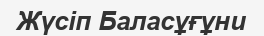
Жүсіп Баласұғұни